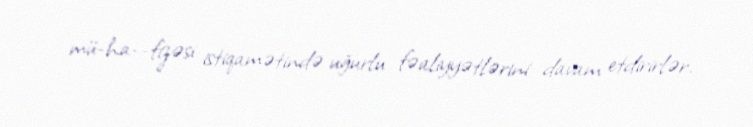
mü­ha­­fizəsi istiqamətində uğurlu fəaliyyətlərini davam etdirirlər.